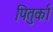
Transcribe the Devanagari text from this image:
पितुर्का